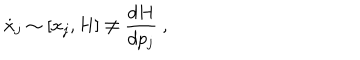
{ \dot { x } _ { j } } \sim [ x _ { j } , H ] \neq { \frac { d H } { d p _ { j } } } ~ ,